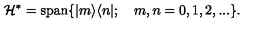
\mathcal { H } ^ { * } = \mathrm { s p a n } \{ | m \rangle \langle n | ; \quad m , n = 0 , 1 , 2 , . . . \} .